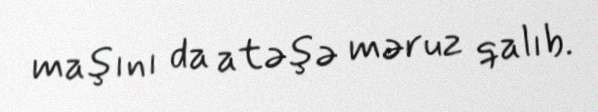
maşını da atəşə məruz qalıb.